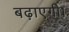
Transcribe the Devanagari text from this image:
बढ़ाएगी।